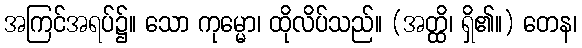
အကြင်အရပ်၌။ သော ကုမ္မော၊ ထိုလိပ်သည်။ (အတ္ထိ၊ ရှိ၏။) တေန၊